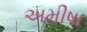
અમીષા